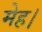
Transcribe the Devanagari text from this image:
मेह।